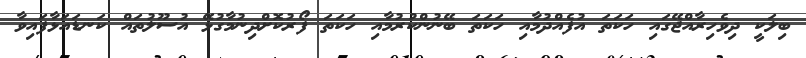
ބިލަކީ ދިވެހިރާއްޖޭގައި ހަކަތަ އުފެއްދުމާއި ހަކަތަ ބޭނުންކުރުމާއި ހަކަތަ ފޯރުކޮށްދިނުމާގުޅޭ އުސޫލުތައް ކަނޑައަޅާފައިވާ